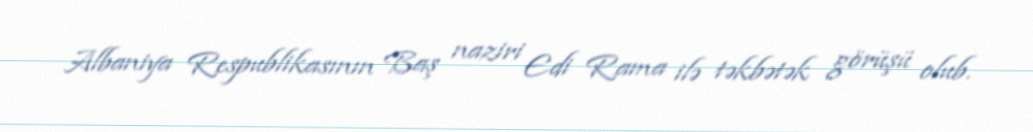
Albaniya Respublikasının Baş naziri Edi Rama ilə təkbətək görüşü olub.